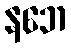
နဘေ